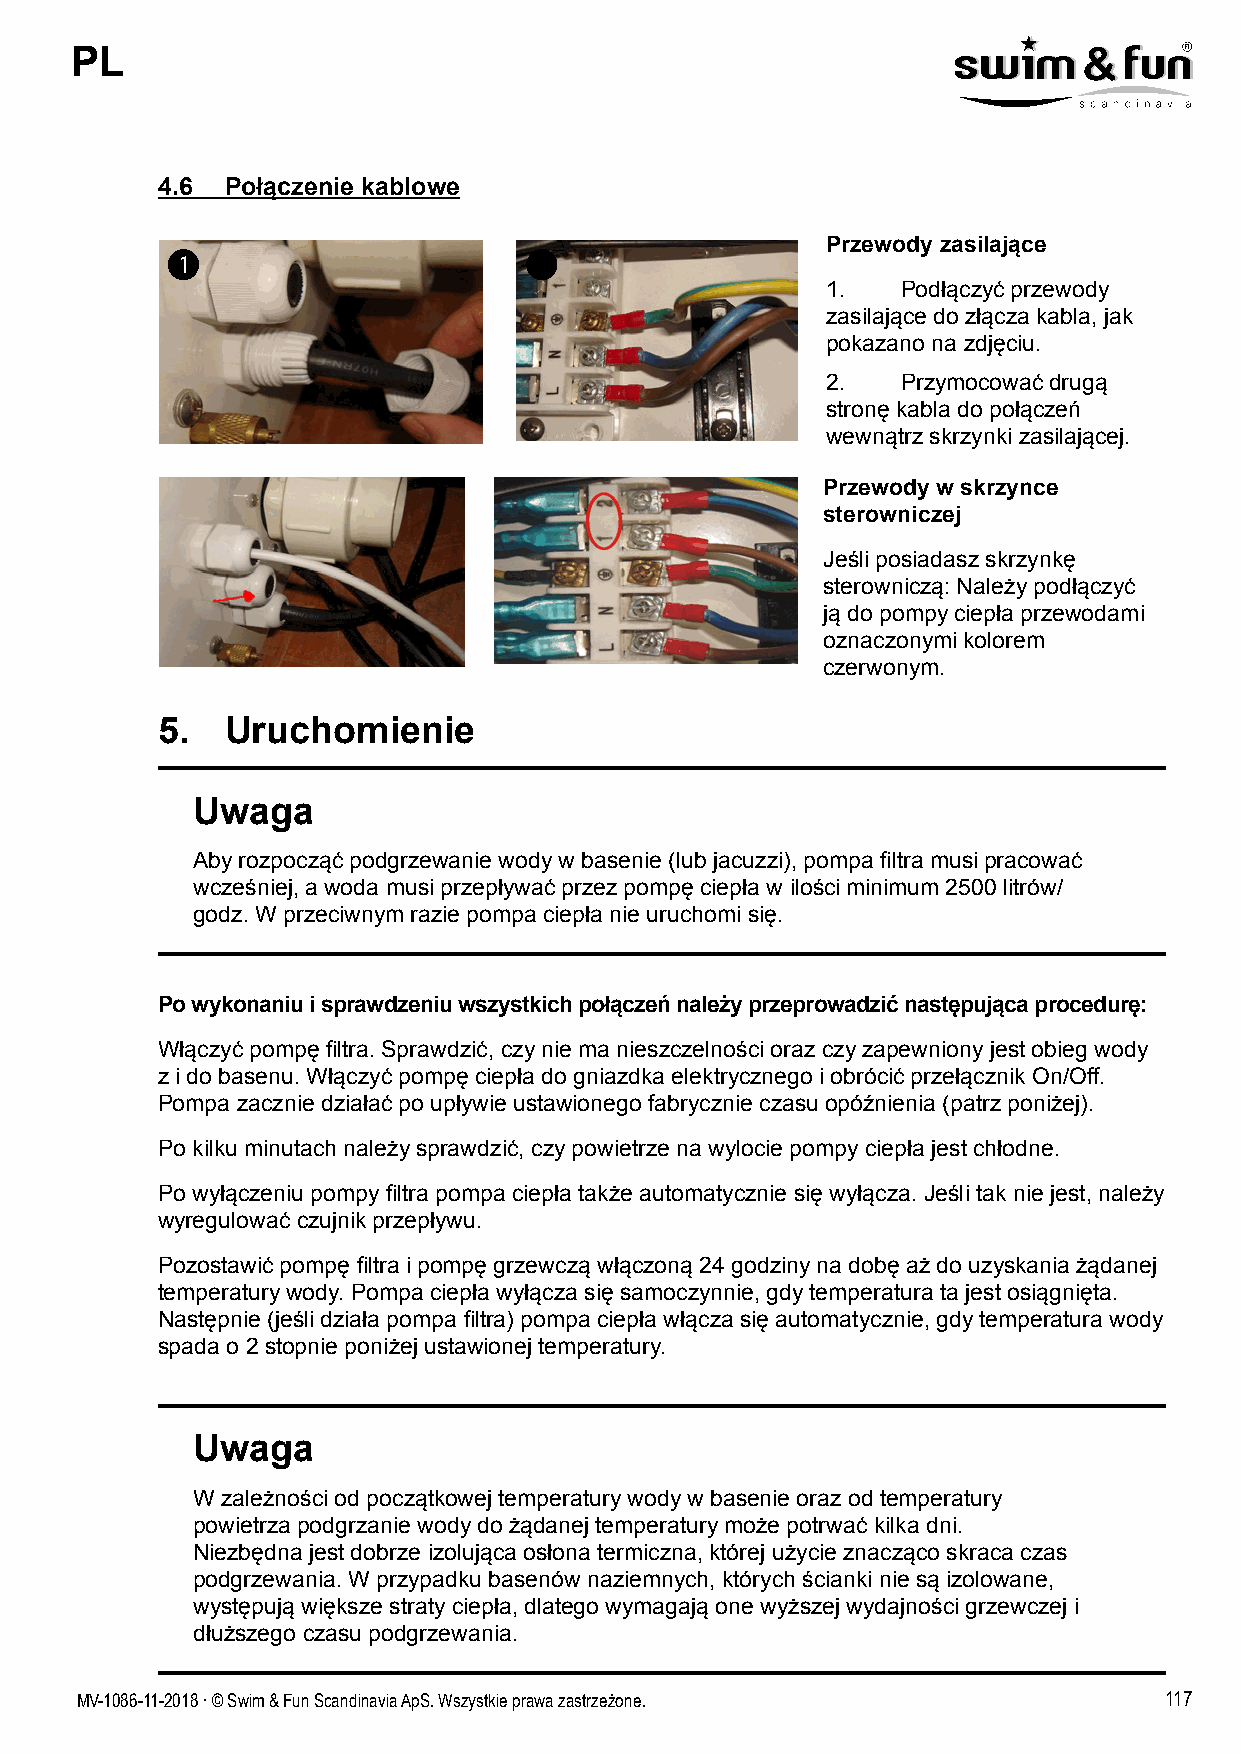
PL
 4.6  Połączenie kablowe
 Przewody zasilające
 1.   Podłączyć przewody
 zasilające do złącza kabla, jak
 pokazano na zdjęciu.
 2.   Przymocować drugą
 stronę kabla do połączeń
 wewnątrz skrzynki zasilającej.
 Przewody w skrzynce
 sterowniczej
 Jeśli posiadasz skrzynkę
 sterowniczą: Należy podłączyć
 ją do pompy ciepła przewodami
 oznaczonymi kolorem
 czerwonym.
 5.   Uruchomienie
 Uwaga
 Aby rozpocząć podgrzewanie wody w basenie (lub jacuzzi), pompa filtra musi pracować
 wcześniej, a woda musi przepływać przez pompę ciepła w ilości minimum 2500 litrów/
 godz. W przeciwnym razie pompa ciepła nie uruchomi się.
 Po wykonaniu i sprawdzeniu wszystkich połączeń należy przeprowadzić następująca procedurę:
 Włączyć pompę filtra. Sprawdzić, czy nie ma nieszczelności oraz czy zapewniony jest obieg wody
 z i do basenu. Włączyć pompę ciepła do gniazdka elektrycznego i obrócić przełącznik On/Off.
 Pompa zacznie działać po upływie ustawionego fabrycznie czasu opóźnienia (patrz poniżej).
 Po kilku minutach należy sprawdzić, czy powietrze na wylocie pompy ciepła jest chłodne.
 Po wyłączeniu pompy filtra pompa ciepła także automatycznie się wyłącza. Jeśli tak nie jest, należy
 wyregulować czujnik przepływu.
 Pozostawić pompę filtra i pompę grzewczą włączoną 24 godziny na dobę aż do uzyskania żądanej
 temperatury wody. Pompa ciepła wyłącza się samoczynnie, gdy temperatura ta jest osiągnięta.
 Następnie (jeśli działa pompa filtra) pompa ciepła włącza się automatycznie, gdy temperatura wody
 spada o 2 stopnie poniżej ustawionej temperatury.
 Uwaga
 W zależności od początkowej temperatury wody w basenie oraz od temperatury
 powietrza podgrzanie wody do żądanej temperatury może potrwać kilka dni.
 Niezbędna jest dobrze izolująca osłona termiczna, której użycie znacząco skraca czas
 podgrzewania. W przypadku basenów naziemnych, których ścianki nie są izolowane,
 występują większe straty ciepła, dlatego wymagają one wyższej wydajności grzewczej i
 dłuższego czasu podgrzewania.
 MV-1086-11-2018 . © Swim & Fun Scandinavia ApS. Wszystkie prawa zastrzeżone. 117